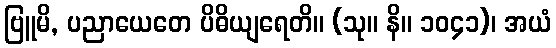
ဗြူမိ, ပညာယေတေ ပိဓိယျရေတိ။ (သု။ နိ။ ၁၀၄၁)၊ အယံ